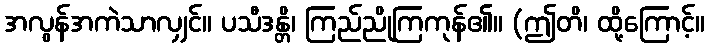
အလွန်အကဲသာလျှင်။ ပသီဒန္တိ၊ ကြည်ညိုကြကုန်၏။ (ဤတိ၊ ထို့ကြောင့်။